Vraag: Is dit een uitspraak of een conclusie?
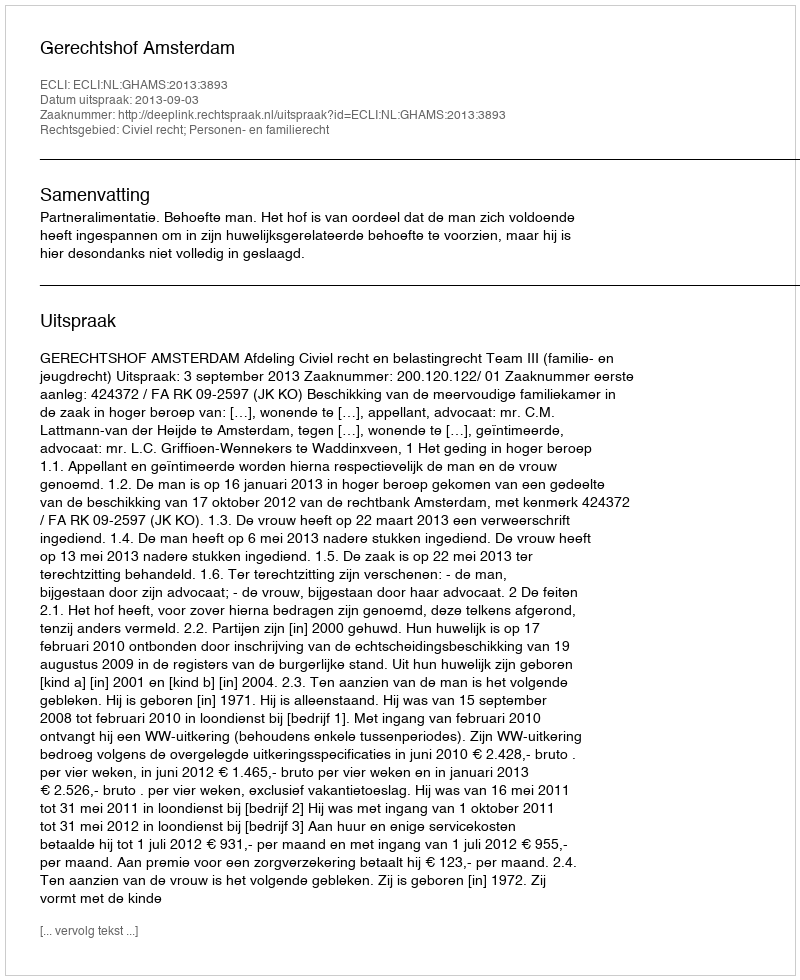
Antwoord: Uitspraak